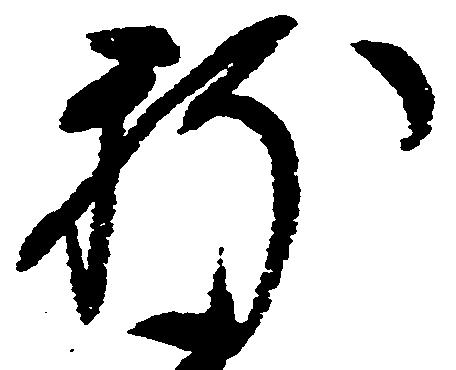
新